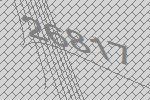
26817